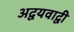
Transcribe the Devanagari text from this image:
अद्वयवाद्वी